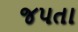
જપતા